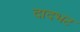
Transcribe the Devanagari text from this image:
दादभट